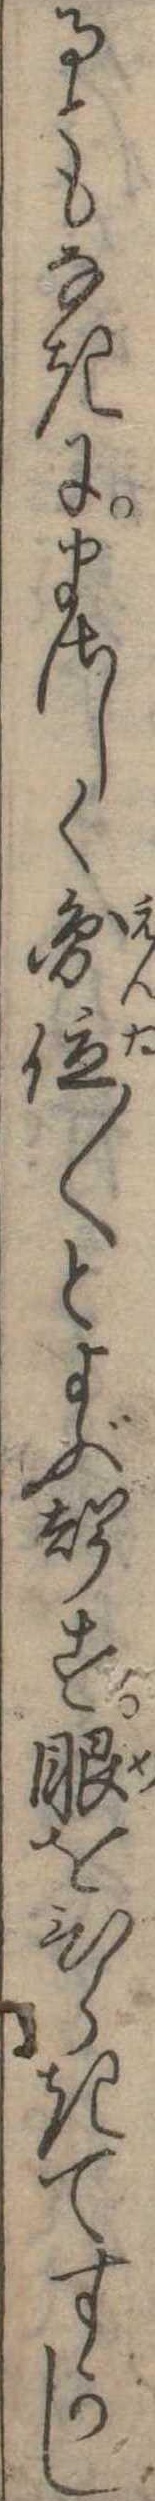
るともなきにまさしく円位〱とよぶ声す眼をひらきてすかし